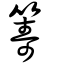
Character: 𢤉